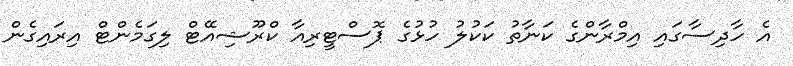
އެ ހާދިސާގައި އިމްރާންގެ ކަނާތު ކަކުލު ހުޅުގެ ޕޮސްޓީރިއާ ކްރޫޝިއޭޓް ލިގަމެންޓް އިރައިގެން